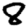
Digit: 8